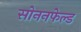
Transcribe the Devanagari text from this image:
सोननफेल्ड